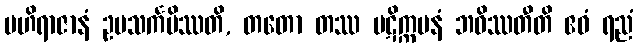
ဗဟိရာဇာနံ ဥပသင်္ကမိဿတိ, တတော တဿ ပဋိက္ကမနံ ဘဝိဿတီတိ ဧဝံ ရညံ